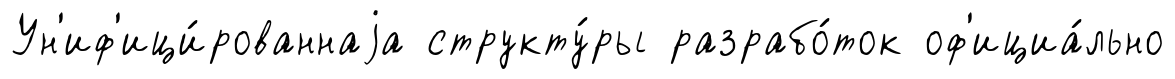
Ун'иф'ици́рованнаjа структу́ры разрабо́ток оф'ициа́льно